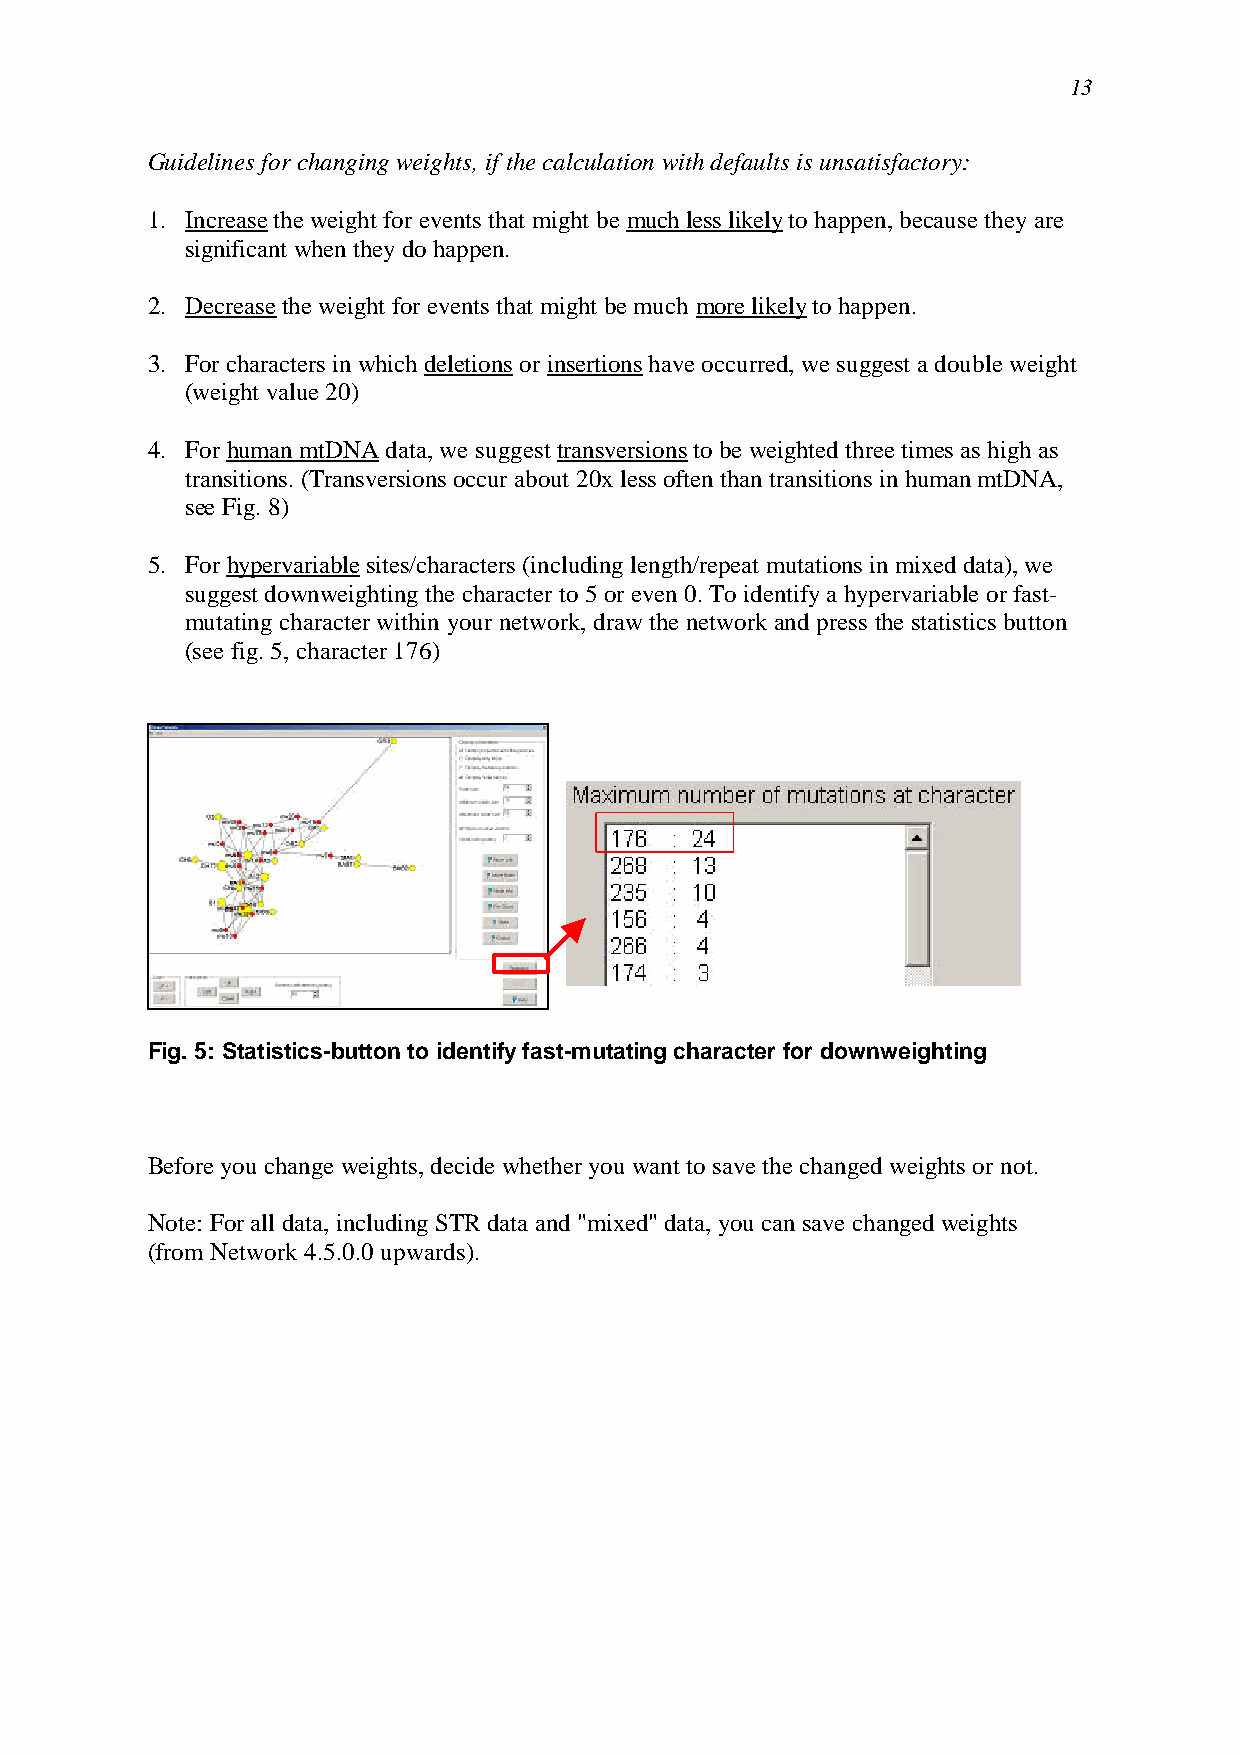
13
 Guidelines for changing weights, if the calculation with defaults is unsatisfactory:
 1. Increase the weight for events that might be much less likely to happen, because they are
 significant when they do happen.
 2. Decrease the weight for events that might be much more likely to happen.
 3. For characters in which deletions or insertions have occurred, we suggest a double weight
 (weight value 20)
 4. For human mtDNA data, we suggest transversions to be weighted three times as high as
 transitions. (Transversions occur about 20x less often than transitions in human mtDNA,
 see Fig. 8)
 5. For hypervariable sites/characters (including length/repeat mutations in mixed data), we
 suggest downweighting the character to 5 or even 0. To identify a hypervariable or fast-
 mutating character within your network, draw the network and press the statistics button
 (see fig. 5, character 176)
 Fig. 5: Statistics-button to identify fast-mutating character for downweighting
 Before you change weights, decide whether you want to save the changed weights or not.
 Note: For all data, including STR data and "mixed" data, you can save changed weights
 (from Network 4.5.0.0 upwards).